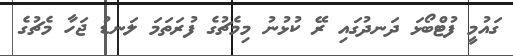
ގައުމީ ފުޓްބޯޅަ ދަނދުގައި ރޭ ކުޅުނު މިމެޗުގެ ފުރަތަމަ ލަނޑު ޖަހާ މެޗުގެ